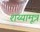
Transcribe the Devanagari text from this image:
शय्यामूत्र